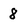
Character: 8